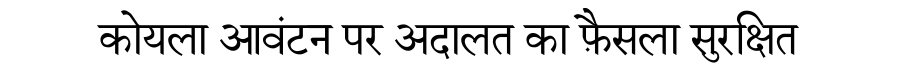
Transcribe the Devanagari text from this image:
कोयला आवंटन पर अदालत का फ़ैसला सुरक्षित